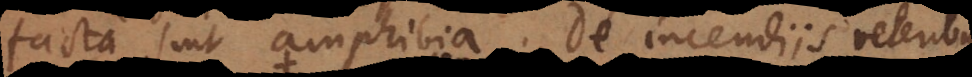
facta sint amphibia. De incendiis veteribus